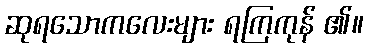
ဆုရသောကလေးများ ရကြကုန် ၏။